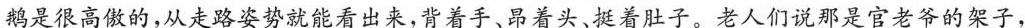
\underline{鹅是很高傲的，从走路姿势就能看出来，背着手、昂着头、挺着肚子。}老人们说那是官老爷的架子，